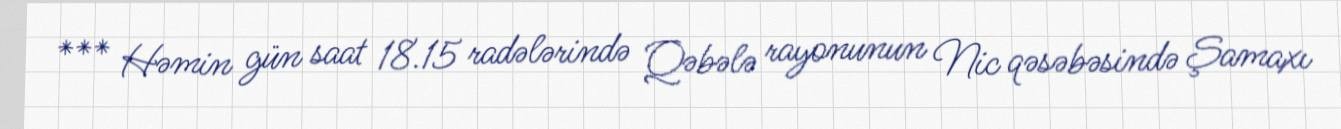
*** Həmin gün saat 18.15 radələrində Qəbələ rayonunun Nic qəsəbəsində Şamaxı